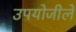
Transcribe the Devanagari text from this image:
उपयोजीले